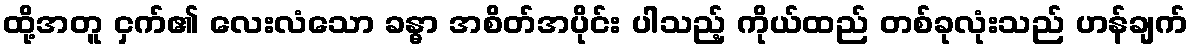
ထို့အတူ ငှက်၏ လေးလံသော ခန္ဓာ အစိတ်အပိုင်း ပါသည့် ကိုယ်ထည် တစ်ခုလုံးသည် ဟန်ချက်